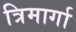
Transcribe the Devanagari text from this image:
त्रिमार्गा